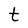
Character: t